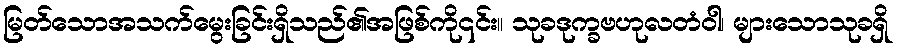
မြတ်သောအသက်မွေးခြင်းရှိသည်၏အဖြစ်ကို၎င်း။ သုခဒုက္ခဗဟုလတံဝါ၊ များသောသုခရှိ